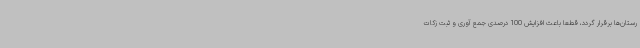
رستان‌ها برقرار گردد، قطعاً باعث افزایش 100 درصدی جمع آوری و ثبت زکات